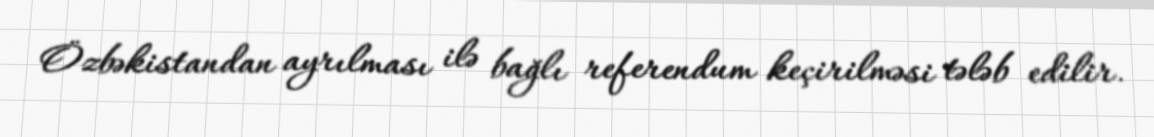
Özbəkistandan ayrılması ilə bağlı referendum keçirilməsi tələb edilir.